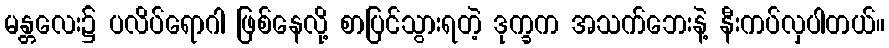
မန္တလေး၌ ပလိပ်ရောဂါ ဖြစ်နေလို့ စာပြင်သွားရတဲ့ ဒုက္ခက အသက်ဘေးနဲ့ နီးကပ်လှပါတယ်။